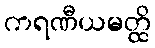
ကရဏီယမတ္ထိ